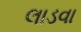
લાડવા